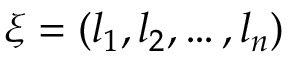
\xi = ( l _ { 1 } , l _ { 2 } , \ldots , l _ { n } )